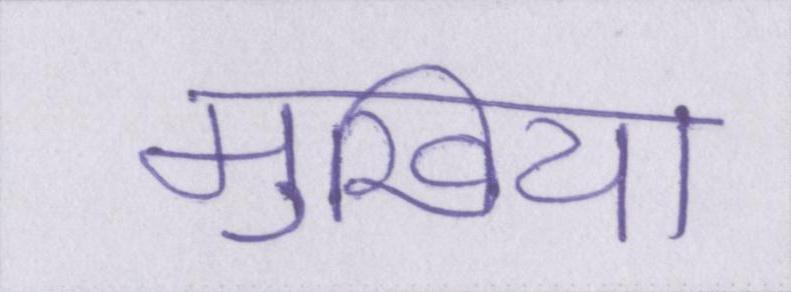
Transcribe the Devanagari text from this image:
मुखिया